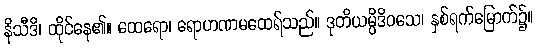
နိသီဒိ၊ ထိုင်နေ၏။ ထေရော၊ ရောဟဏမထေရ်သည်။ ဒုတိယမ္ပိဒိဝသေ၊ နှစ်ရက်မြောက်၌။